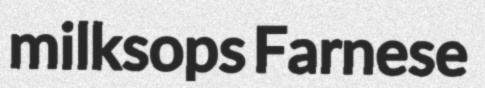
milksops Farnese